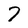
Character: 7